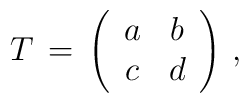
T\,=\,\left(\begin{array}{cc}a & b \\c & d\end{array}\right)\,,